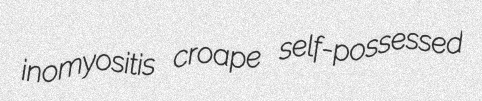
inomyositis croape self-possessed